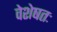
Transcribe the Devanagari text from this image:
वेशेषतः